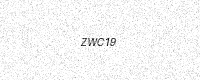
Text: ZWC19